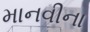
માનવીના